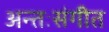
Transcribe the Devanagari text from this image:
अन्तःसंगीत